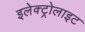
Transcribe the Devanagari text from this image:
इलेक्‍ट्रोलाइट